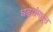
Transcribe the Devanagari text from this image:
धड्यांमधून